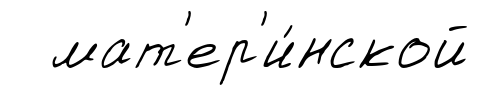
мат'ер'и́нской